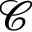
\mathcal { C }